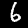
Digit: 6